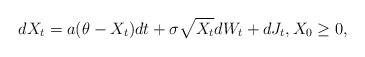
LaTeX: \begin{align*} dX_{t}=a(\theta-X_{t})dt +\sigma \sqrt{X_{t}}dW_{t}+dJ_t, X_0\geq 0, \end{align*}